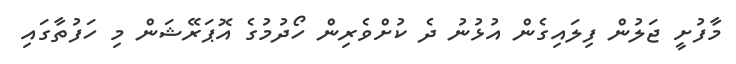
މާފުށީ ޖަލުން ފިލައިގެން އުޅުނު ދެ ކުށްވެރިން ހޯދުމުގެ އޮޕަރޭޝަން މި ހަފުތާގައި